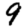
Digit: 9